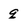
Character: q